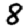
Digit: 8